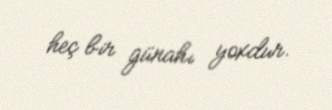
heç bir günahı yoxdur.